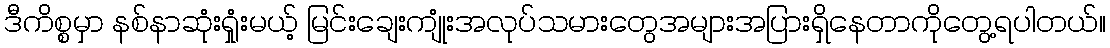
ဒီကိစ္စမှာ နစ်နာဆုံးရှုံးမယ့် မြင်းချေးကျုံးအလုပ်သမားတွေအများအပြားရှိနေတာကိုတွေ့ရပါတယ်။